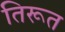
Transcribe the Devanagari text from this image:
तिरूत